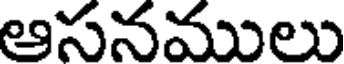
ఆసనములు